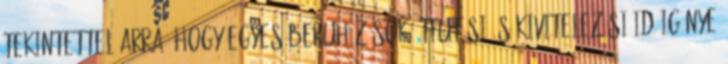
Tekintettel arra, hogy egyes beruházások átfutási és kivitelezési időigénye